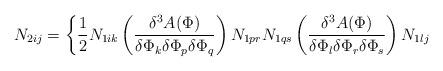
LaTeX: \begin{align*}N_{2ij}=\bigg\{\frac{1}{2}N_{1ik}\left(\frac{\delta^3A(\Phi)}{\delta\Phi_k\delta\Phi_p\delta\Phi_q}\right)N_{1pr}N_{1qs}\left(\frac{\delta^3A(\Phi)}{\delta\Phi_l\delta\Phi_r\delta\Phi_s}\right)N_{1lj}\end{align*}